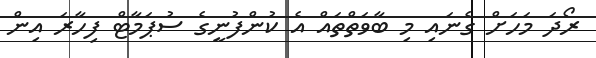
ރޯދަ މަހަށް ގެނައި މި ބާވަތްތައް އެ ކުންފުނީގެ ސުޕަމާޓް ފިހާރަ އިން